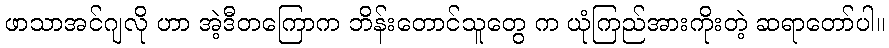
ဖာသာအင်ဂျလို ဟာ အဲ့ဒီတကြောက ဘိန်းတောင်သူတွေ က ယုံကြည်အားကိုးတဲ့ ဆရာတော်ပါ။